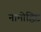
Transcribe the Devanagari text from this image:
नामोद्धिष्ट